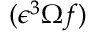
( \epsilon ^ { 3 } \Omega f )